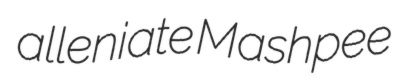
alleniate Mashpee